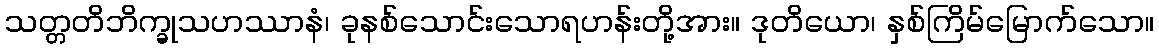
သတ္တတိဘိက္ခုသဟဿာနံ၊ ခုနစ်သောင်းသောရဟန်းတို့အား။ ဒုတိယော၊ နှစ်ကြိမ်မြောက်သော။